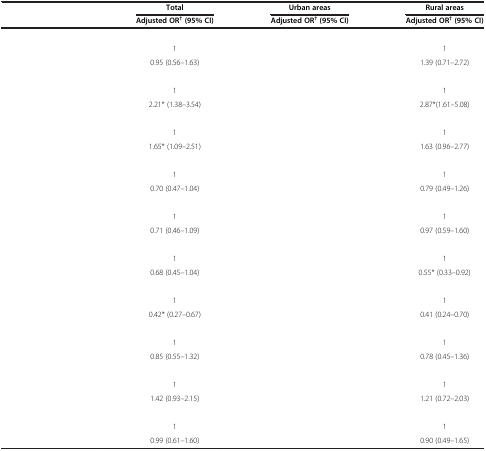
<table><thead><tr><td rowspan="2">[EMPTY_CELL]</td><td><b>Total</b></td><td><b>Urban areas</b></td><td><b>Rural areas</b></td></tr><tr><td><b>Adjusted OR<sup>† </sup>(95% CI)</b></td><td><b>Adjusted OR<sup>† </sup>(95% CI)</b></td><td><b>Adjusted OR<sup>† </sup>(95% CI)</b></td></tr></thead><tbody><tr><td>[EMPTY_CELL]</td><td>[EMPTY_CELL]</td><td>[EMPTY_CELL]</td><td>[EMPTY_CELL]</td></tr><tr><td>[EMPTY_CELL]</td><td>1</td><td>[EMPTY_CELL]</td><td>1</td></tr><tr><td>[EMPTY_CELL]</td><td>0.95 (0.56–1.63)</td><td>[EMPTY_CELL]</td><td>1.39 (0.71–2.72)</td></tr><tr><td>[EMPTY_CELL]</td><td>[EMPTY_CELL]</td><td>[EMPTY_CELL]</td><td>[EMPTY_CELL]</td></tr><tr><td>[EMPTY_CELL]</td><td>1</td><td>[EMPTY_CELL]</td><td>1</td></tr><tr><td>[EMPTY_CELL]</td><td>2.21* (1.38–3.54)</td><td>[EMPTY_CELL]</td><td>2.87*(1.61–5.08)</td></tr><tr><td>[EMPTY_CELL]</td><td>[EMPTY_CELL]</td><td>[EMPTY_CELL]</td><td>[EMPTY_CELL]</td></tr><tr><td>[EMPTY_CELL]</td><td>1</td><td>[EMPTY_CELL]</td><td>1</td></tr><tr><td>[EMPTY_CELL]</td><td>1.65* (1.09–2.51)</td><td>[EMPTY_CELL]</td><td>1.63 (0.96–2.77)</td></tr><tr><td>[EMPTY_CELL]</td><td>[EMPTY_CELL]</td><td>[EMPTY_CELL]</td><td>[EMPTY_CELL]</td></tr><tr><td>[EMPTY_CELL]</td><td>1</td><td>[EMPTY_CELL]</td><td>1</td></tr><tr><td>[EMPTY_CELL]</td><td>0.70 (0.47–1.04)</td><td>[EMPTY_CELL]</td><td>0.79 (0.49–1.26)</td></tr><tr><td>[EMPTY_CELL]</td><td>[EMPTY_CELL]</td><td>[EMPTY_CELL]</td><td>[EMPTY_CELL]</td></tr><tr><td>[EMPTY_CELL]</td><td>1</td><td>[EMPTY_CELL]</td><td>1</td></tr><tr><td>[EMPTY_CELL]</td><td>0.71 (0.46–1.09)</td><td>[EMPTY_CELL]</td><td>0.97 (0.59–1.60)</td></tr><tr><td>[EMPTY_CELL]</td><td>[EMPTY_CELL]</td><td>[EMPTY_CELL]</td><td>[EMPTY_CELL]</td></tr><tr><td>[EMPTY_CELL]</td><td>1</td><td>[EMPTY_CELL]</td><td>1</td></tr><tr><td>[EMPTY_CELL]</td><td>0.68 (0.45–1.04)</td><td>[EMPTY_CELL]</td><td>0.55* (0.33–0.92)</td></tr><tr><td>[EMPTY_CELL]</td><td>[EMPTY_CELL]</td><td>[EMPTY_CELL]</td><td>[EMPTY_CELL]</td></tr><tr><td>[EMPTY_CELL]</td><td>1</td><td>[EMPTY_CELL]</td><td>1</td></tr><tr><td>[EMPTY_CELL]</td><td>0.42* (0.27–0.67)</td><td>[EMPTY_CELL]</td><td>0.41 (0.24–0.70)</td></tr><tr><td>[EMPTY_CELL]</td><td>[EMPTY_CELL]</td><td>[EMPTY_CELL]</td><td>[EMPTY_CELL]</td></tr><tr><td>[EMPTY_CELL]</td><td>1</td><td>[EMPTY_CELL]</td><td>1</td></tr><tr><td>[EMPTY_CELL]</td><td>0.85 (0.55–1.32)</td><td>[EMPTY_CELL]</td><td>0.78 (0.45–1.36)</td></tr><tr><td>[EMPTY_CELL]</td><td>[EMPTY_CELL]</td><td>[EMPTY_CELL]</td><td>[EMPTY_CELL]</td></tr><tr><td>[EMPTY_CELL]</td><td>1</td><td>[EMPTY_CELL]</td><td>1</td></tr><tr><td>[EMPTY_CELL]</td><td>1.42 (0.93–2.15)</td><td>[EMPTY_CELL]</td><td>1.21 (0.72–2.03)</td></tr><tr><td colspan="4">[EMPTY_CELL]</td></tr><tr><td>[EMPTY_CELL]</td><td>1</td><td>[EMPTY_CELL]</td><td>1</td></tr><tr><td>[EMPTY_CELL]</td><td>0.99 (0.61–1.60)</td><td>[EMPTY_CELL]</td><td>0.90 (0.49–1.65)</td></tr></tbody></table>